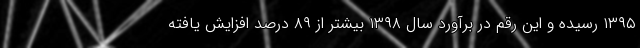
۱۳۹۵ رسیده و این رقم در برآورد سال ۱۳۹۸ بیشتر از ۸۹ درصد افزایش یافته